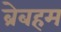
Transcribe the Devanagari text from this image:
ब्रेबहम